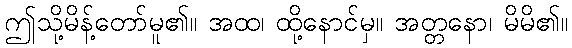
ဤသို့မိန့်တော်မူ၏။ အထ၊ ထို့နောင်မှ။ အတ္တနော၊ မိမိ၏။